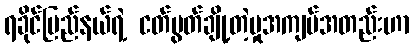
ရခိုင်ပြည်နယ်ရဲ့ ငတ်မွတ်ချို့တဲ့မှုအကျပ်အတည်းဟာ